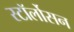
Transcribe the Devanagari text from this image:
स्टॉर्लोसन